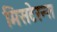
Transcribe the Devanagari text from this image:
मिसटेरन्स